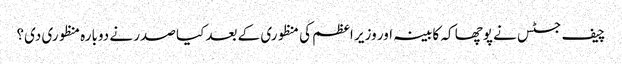
چیف جسٹس نے پوچھا کہ کابینہ اور وزیر اعظم کی منظوری کے بعد کیا صدر نے دوبارہ منظوری دی؟